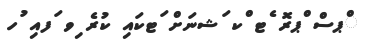
ްޕސް ްޕރޮ ެޓ ްކ ަޝނަށް ަޓކައި ކުރެ ިވ ަފއި ުހ